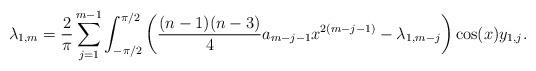
LaTeX: \begin{align*}\lambda_{1,m} = \frac{2}{\pi}\sum_{j=1}^{m-1}\int_{-\pi/2}^{\pi/2} \left(\frac{(n-1)(n-3)}{4}a_{m-j-1}x^{2(m-j-1)}-\lambda_{1,m-j}\right)\cos(x)y_{1,j}.\end{align*}